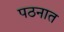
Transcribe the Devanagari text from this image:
पठनात